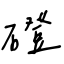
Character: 磴